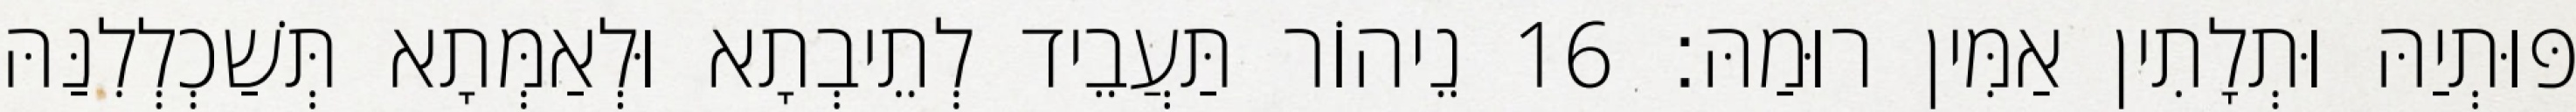
פּוּתְיַהּ וּתְלָתִין אַמִּין רוּמַהּ׃ 16 נֵיהוֹר תַּעֲבֵיד לְתֵיבְתָא וּלְאַמְּתָא תְּשַׁכְלְלִנַּהּ